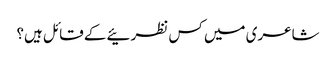
شاعری میں کس نظرئیے کے قائل ہیں؟